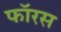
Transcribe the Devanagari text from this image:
फॉरस